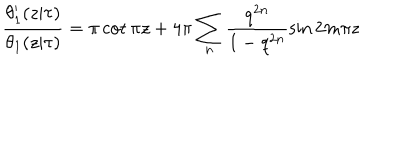
\frac { \theta _ { 1 } ^ { \prime } ( z | \tau ) } { \theta _ { 1 } ( z | \tau ) } = \pi \cot { \pi z } + 4 \pi \sum _ { n } \frac { q ^ { 2 n } } { 1 - q ^ { 2 n } } \sin { 2 m \pi z }